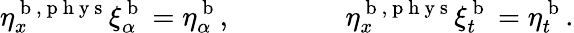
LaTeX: \eta_{x}^{\mathrm{~b~},\mathrm{~p~h~y~s~}}\xi_{\alpha}^{\mathrm{~b~}}=\eta_{\alpha}^{\mathrm{~b~}},\qquad\qquad\eta_{x}^{\mathrm{~b~},\mathrm{~p~h~y~s~}}\xi_{t}^{\mathrm{~b~}}=\eta_{t}^{\mathrm{~b~}}.